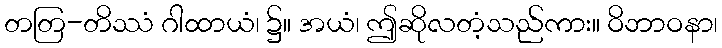
တတြ-တိဿံ ဂါထာယံ၊ ၌။ အယံ၊ ဤဆိုလတံ့သည်ကား။ ဝိဘာဝနာ၊